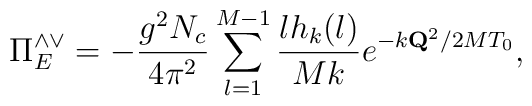
\Pi^{\wedge\vee}_E = -{g^2N_c\over4\pi^2}\sum_{l=1}^{M-1}{lh_k(l)\over Mk}e^{-k{\bf Q}^2/2MT_0},